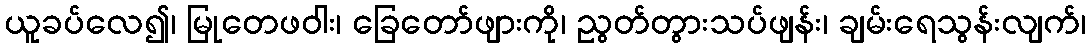
ယူခပ်လေ၍၊ မြုတေဖဝါး၊ ခြေတော်ဖျားကို၊ ညွတ်တွားသပ်ဖျန်း၊ ချမ်းရေသွန်းလျက်၊